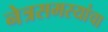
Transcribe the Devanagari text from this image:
नेत्रसमस्यांचा